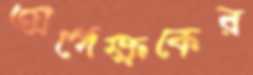
অপেক্ষকের